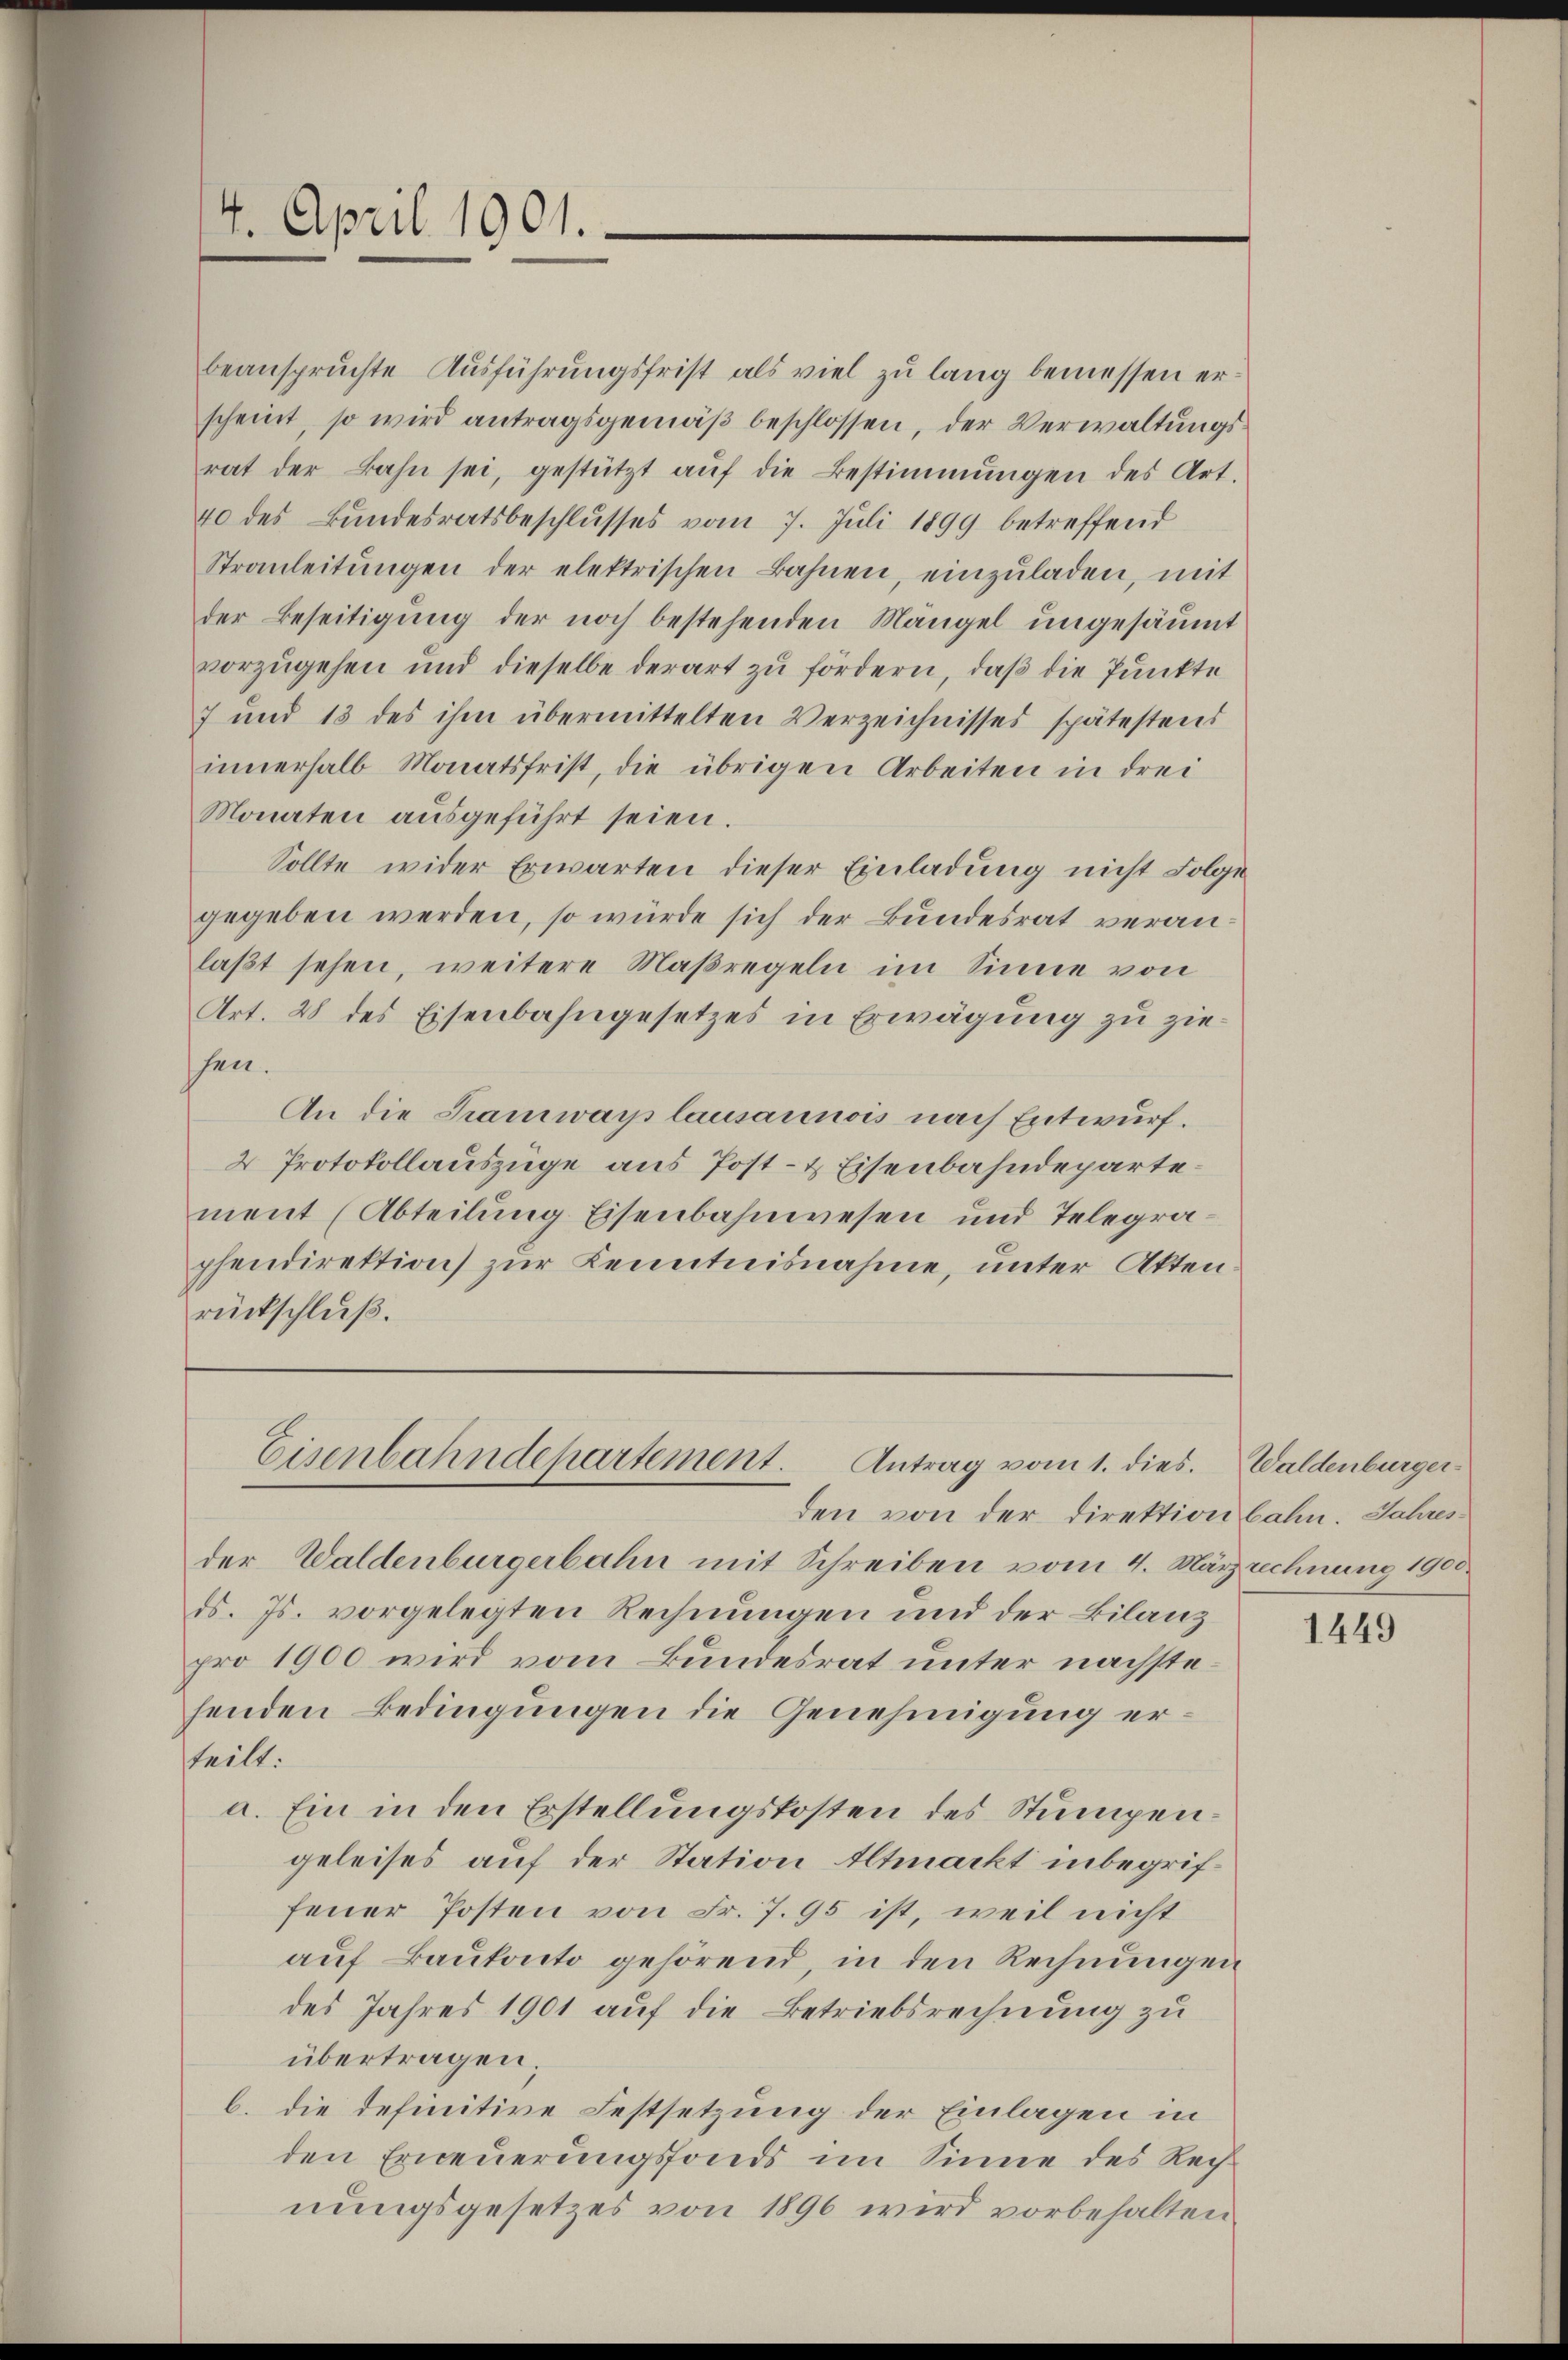
4. April 1901.

beanspruchte Ausführungsfrist als viel zu lang bemessen erscheint, so wird antragsgemäβ beschlossen, der Verwaltungsrat der Bahn sei, gestützt aŭf die Bestimmungen des Art.
40 des Bundesratsbeschlusses vom 7. Juli 1899 betreffend
Strauleitŭngen der elektrischen Bahnen, einzŭladen, mit
der Beseitigung der noch bestehenden Mängel ungesäumt
vorzŭgehen und dieselbe derart zu fördern, daß die Punkte
7 und 13 des ihm übermittelten Verzeichnisses spätestens
innerhalb Monatsfrist, die übrigen Arbeiten in drei
Monaten ausgeführt seien.
Sollte wider Erwarten dieser Einladung nicht Folge
gegeben werden, so würde sich der Bundesrat veranlaßt sehen, weitere Maßregeln im Sinne von
Art. 28 des Eisenbahngesetzes in Erwägung zu ziesen.
An die Tramwayslausannois nach Entwurf.
2 Protokollauszüge aus Post- & Eisenbahndepartement (Abteilung Eisenbahnwesen und Telegraphendirektion zŭr Kenntnisnahme, unter Akten
rückschluß.

den von der Direktion bahn. Jahres
der Waldenburgerbahn mit Schreiben vom 4. März rechnung 1900.
d. Js. vorgelegten Rechnungen und der Bilanz
pro 1900 wird vom Bundesrat unter nachstehenden Bedingungen die Genehmigung erteilt:
a. Ein in den Erstellungskosten des Stumpengeleises auf der Station Altmarkt inbegriffeuer Posten von Fr. 7. 95 ist, weil nicht
auf Baukonto gehörend, in den Rechnungen
des Jahres 1901 auf die Betriebsrechnung zu
übertragen.
b. die definitive Festsetzung der Einlagen in
den Erneuerungsfonds im Sinne des Rechnungsgesetzes von 1896 wird vorbehalten

Eisenbahndepartement.
Antrag vom 1. dies. Waldenburger¬

1449